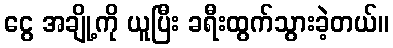
ငွေ အချို့ကို ယူပြီး ခရီးထွက်သွားခဲ့တယ်။